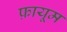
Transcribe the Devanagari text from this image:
फ़ायूम